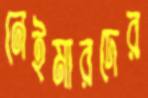
নেইমারদের